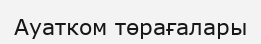
Ауатком төрағалары